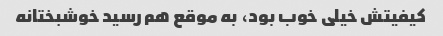
کیفیتش خیلی خوب بود، به موقع هم رسید خوشبختانه